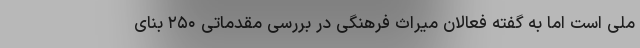
ملی است اما به گفته فعالان میراث فرهنگی در بررسی مقدماتی ۲۵۰ بنای